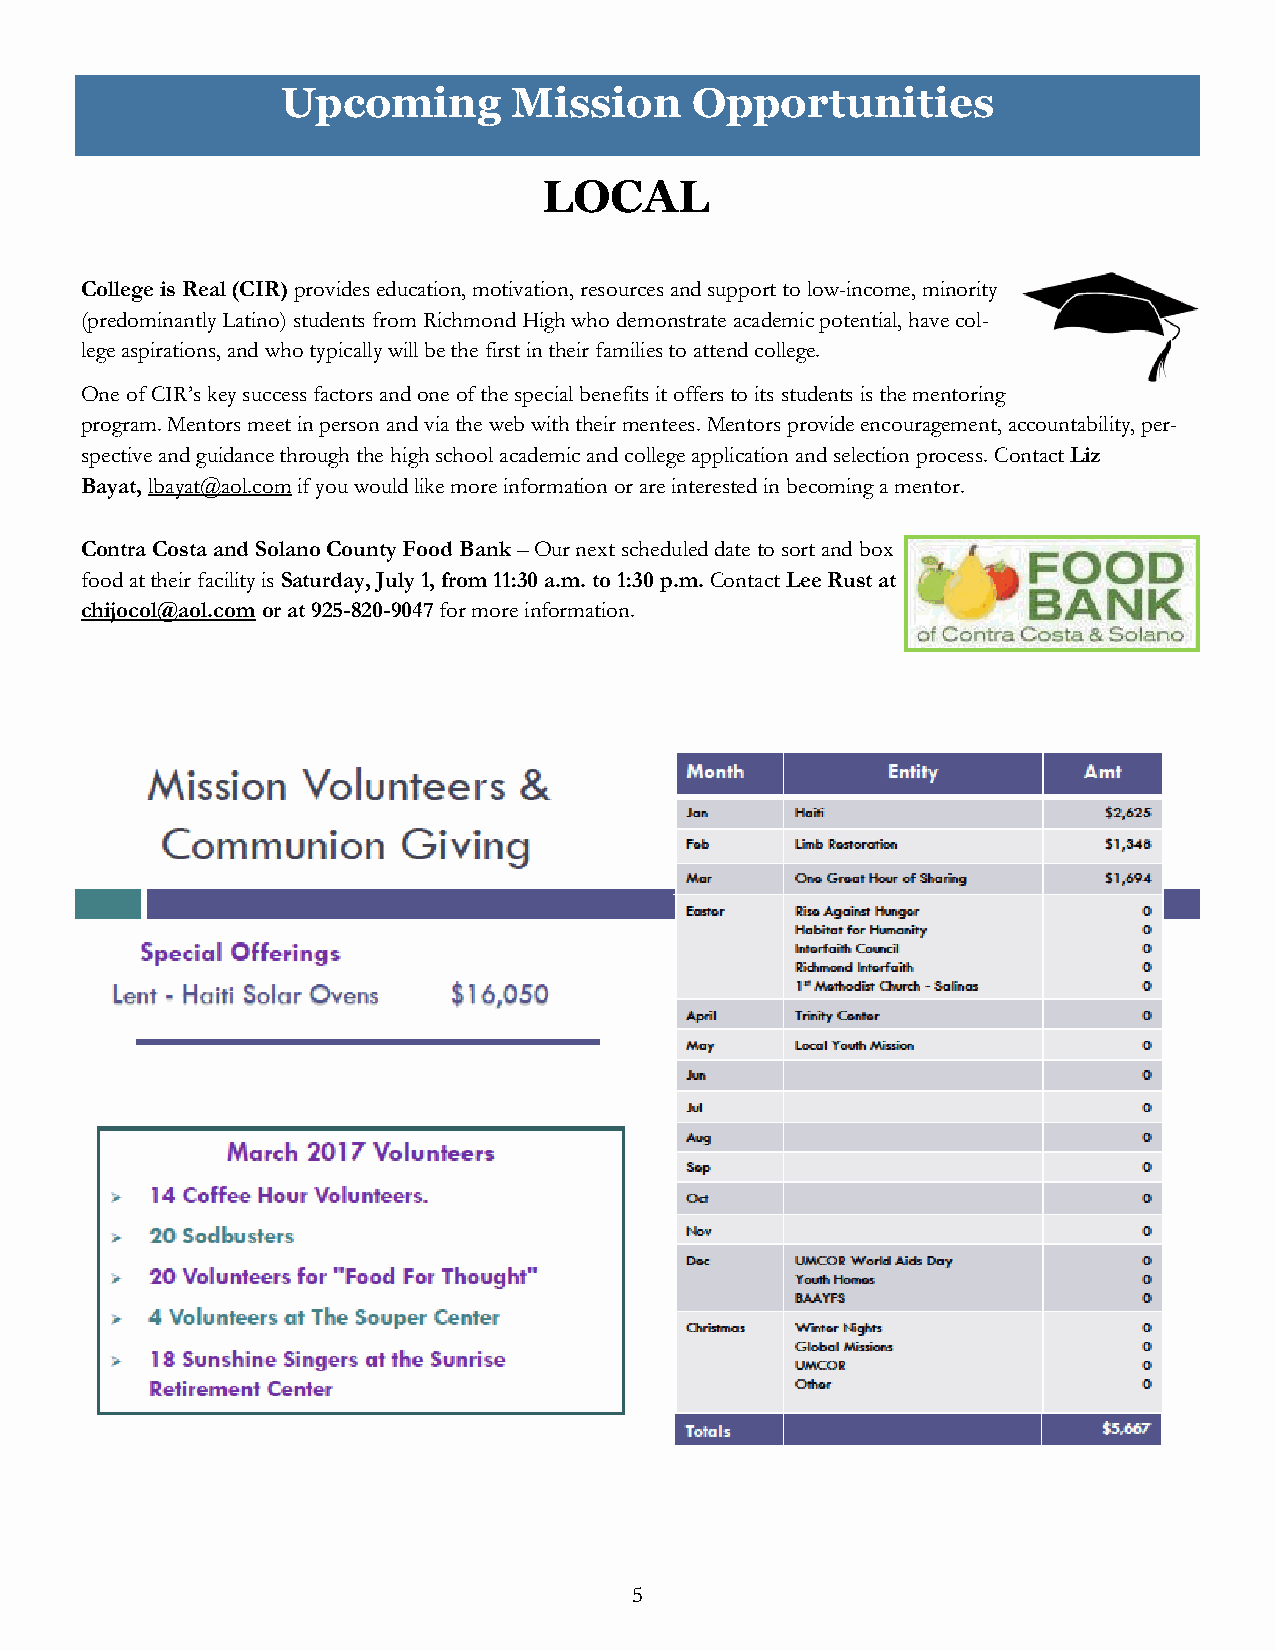
Upcoming       Mission     Opportunities
 LOCAL
 College is Real (CIR) provides education, motivation, resources and support to low-income, minority
 (predominantly Latino) students from Richmond High who demonstrate academic potential, have col-
 lege aspirations, and who typically will be the first in their families to attend college.
 One of CIR’s key success factors and one of the special benefits it offers to its students is the mentoring
 program. Mentors meet in person and via the web with their mentees. Mentors provide encouragement, accountability, per-
 spective and guidance through the high school academic and college application and selection process. Contact Liz
 Bayat, lbayat@aol.com if you would like more information or are interested in becoming a mentor.
 Contra Costa and Solano County Food Bank – Our next scheduled date to sort and box
 food at their facility is Saturday, July 1, from 11:30 a.m. to 1:30 p.m. Contact Lee Rust at
 chijocol@aol.com or at 925-820-9047 for more information.
 5